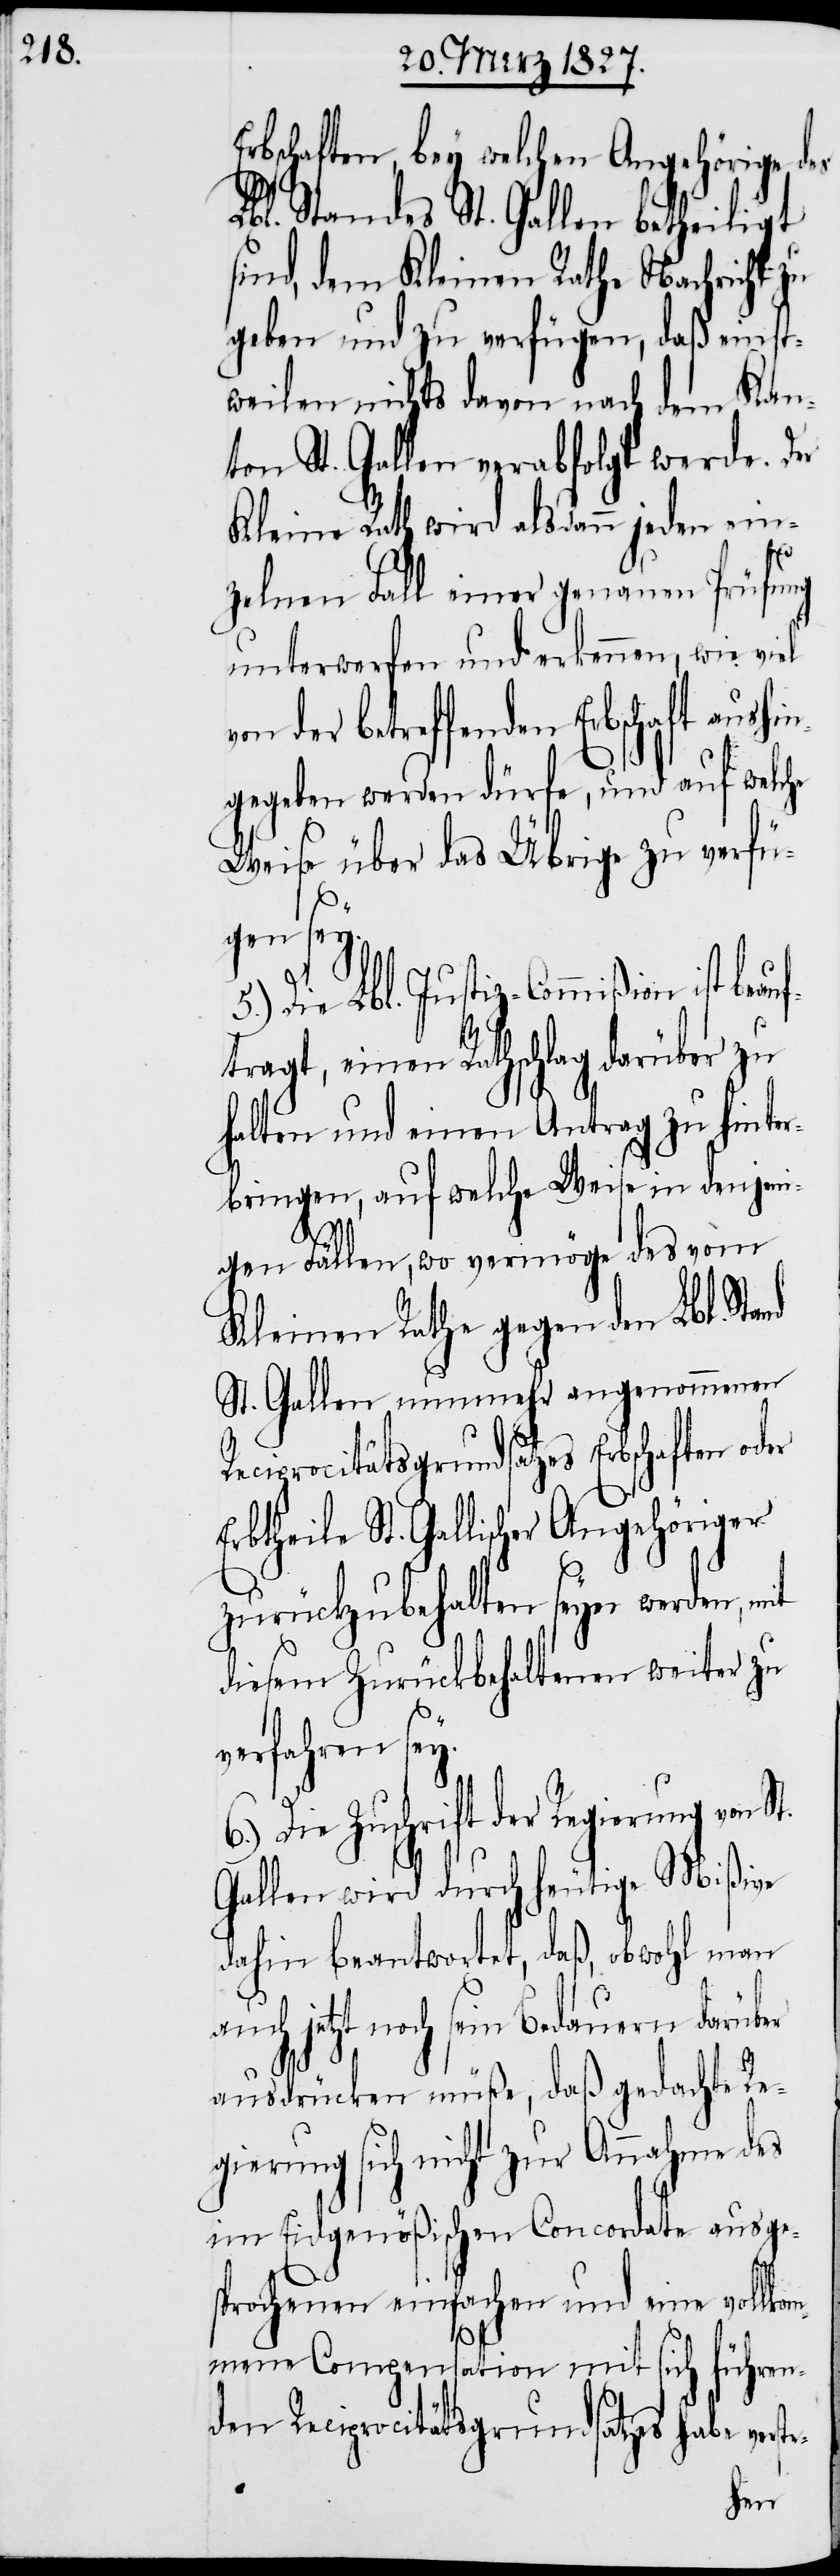
Erbschaften, bey welchen Angehörige des
Lbl. Standes St. Gallen betheiligt
sind, dem Kleinen Rathe Nachricht zu
geben und zu verfügen, daß einst¬
weilen nichts davon nach dem Kan¬
ton St. Gallen verabfolgt werde.
Kleine Rath wird alsdann jeden ein¬
zelnen Fall einer genauen Prüfung
unterwerfen und erkennen, wie viel
der betreffenden Erbschaft aus¬
gegeben werden dürfe, und auf welche
Weise über das Übrige zu verfü¬
gen sey.
5.) Die Lbl. Justiz-Commißion ist be¬
tragt, einen Rathschlag darüber zu
halten und einen Antrag zu hint¬
erbringen, auf welche Weise in denjeni¬
gen Fällen, wo vermöge des vom
Kleinen Rathe gegen den Lbl. Sta¬
St. Gallen nunmehr angenommenen
Reciprocitätsgrundsatzes Erbschaften
Erbtheile St. Gallischer Angehöriger
zurückzubehalten seyn werden, mit
diesem zurückbehaltenen weiter zu
verfahren sey.
6.) Die Zuschrift der Regierung von St.
Gallen wird durch heutige Mißive
dahin beantwortet, daß, obwohl man
auch jetzt noch sein Bedauern darüber
nd
ausdrücken müße, daß gedachte Re¬
gierung sich nicht zur Annahme des
im Eidgenößischen Concordate ausge¬
sprochenen einfachen und eine vollkom¬
mene Compensation mit sich führen¬
den Reciprocitätsgrundsatzes habe
hin¬